Document type: Sale
Year: 1305
Scribe: Bernat de Vilarúbia
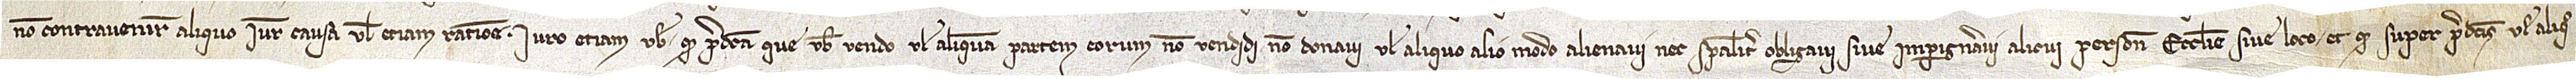
non contravenire aliquo iure, causa vel etiam ratione. Iuro etiam vobis quod predicta que vobis vendo vel aliquam partem eorum non vendidi, non donavi vel aliquo alio modo alienavi nec secialiter obligavi sive impigneravi alicui persone, ecclesie sive loco; et quod super predictis vel aliquo